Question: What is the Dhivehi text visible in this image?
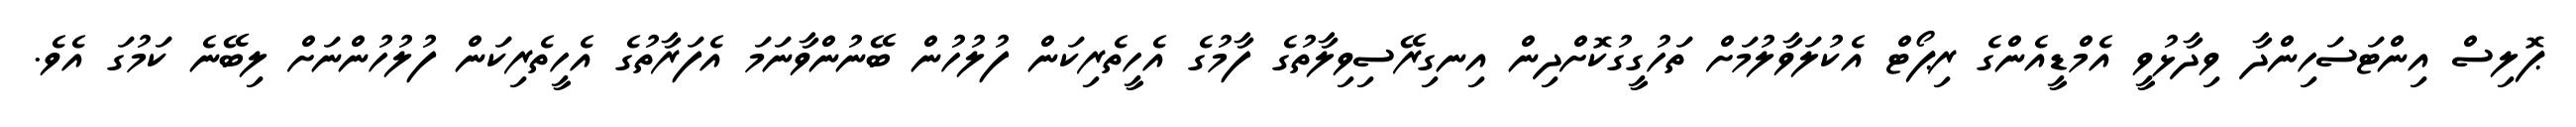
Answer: ޕޮލިސް އިންޓަސަހިންދާ ވިދާޅުވީ އެމްޑީއެންގެ ރިޕޯޓް އެކުލަވާލުމަށް ތަހުގީގުކޮށްދިން އިނގިރޭސިވިލާތުގެ ފާމުގެ އެހީތެރިކަން ފުލުހުން ބޭނުންވާނަމަ އެފަރާތުގެ އެހީތެރިކަން ފުލުހުންނަށް ލިބޭނެ ކަމުގަ އެވެ.